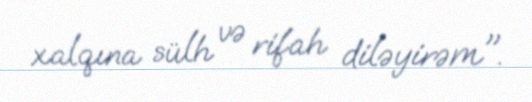
xalqına sülh və rifah diləyirəm".